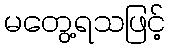
မတွေ့ရသဖြင့်